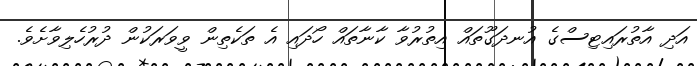
އަދި އާތުރައިޓިސްގެ އުނދަގޫތައް އިތުރުވާ ކާނާތައް ހޯދައި އެ ތަކެތިން ވީވަރަކުން ދުރުހެލިވާށެވެ.